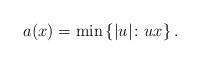
LaTeX: \begin{align*} a(x)=\min\left\{|u| \colon u x \right\}.\end{align*}